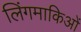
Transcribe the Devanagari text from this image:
लिंगमाकिओं